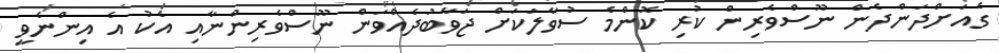
ގެއަށްދަންދެން ނޫސްވެރިން ކުރި ކޮންމެ ސުވާލަކަށް ޖަވާބުދެއްވަން ނޫސްވެރިންނާއި އެކު އެ އިންނެވީ